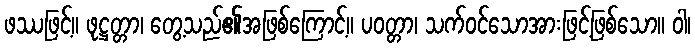
ဖဿဖြင့်။ ဖုဋ္ဌတ္တာ၊ တွေ့သည်၏အဖြစ်ကြောင့်။ ပဝတ္တာ၊ သက်ဝင်သောအားဖြင့်ဖြစ်သော။ ဝါ၊